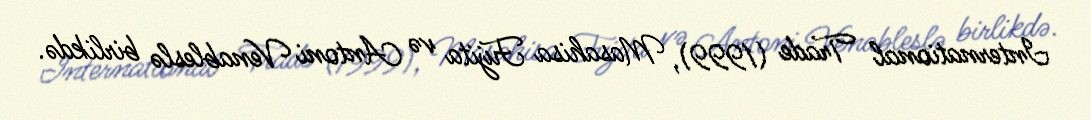
International Trade (1999), Masahisa Fujita və Antoni Venableslə birlikdə.